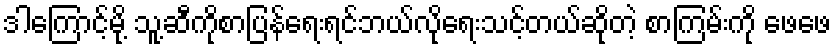
ဒါကြောင့်မို့ သူ့ဆီကိုစာပြန်ရေးရင်ဘယ်လိုရေးသင့်တယ်ဆိုတဲ့ စာကြမ်းကို ဖေဖေ